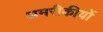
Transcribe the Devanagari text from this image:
अमरीकीयों